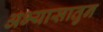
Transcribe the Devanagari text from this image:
अभ्यासातुन